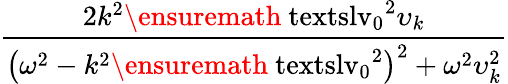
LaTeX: \displaystyle\frac{2k^{2}\ensuremath{\mathrm{\ textsl{v}}_{0}}^{2}\upsilon_{k}}{\bigl(\omega^{2}-k^{2}\ensuremath{\mathrm{\ textsl{v}}_{0}}^{2}\bigr)^{2}+\omega^{2}\upsilon_{k}^{2}}